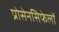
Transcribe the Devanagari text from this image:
प्रोसेनसिफेलों